system: You are a helpful assistant.
user:
Analyze the provided spectrum to determine if it is a **"Cataclysmic Variables (CV)"**.

- **Key Indicators for CV (Check for either state):**
    - **State 1: Quiescent / Low-State (Emission-Dominated)**
        - **(Primary):** Strong and *very broad* Hydrogen Balmer emission lines (e.g., $H\alpha$ at 6563 Å, $H\beta$ at 4861 Å). The 'broadness' (high velocity dispersion, often FWHM > 1000 km/s) is the key diagnostic, indicating a high-velocity accretion disk.
        - **(Secondary):** Broad neutral Helium (He I) emission lines (e.g., 5876 Å, 6678 Å).
        - **(Key Confirmation):** Presence of high-excitation *ionized* Helium (He II) emission at 4686 Å. This is a strong indicator of accretion onto a white dwarf.
        - **(Line Profile):** Emission lines may exhibit a 'double-peaked' profile, which is a classic signature of a rotating accretion disk viewed at high inclination.

    - **State 2: Outburst / High-State (Absorption-Dominated)**
        - **(Primary):** Spectrum is dominated by a bright, blue continuum (looks like a hot star).
        - **(Secondary):** The emission lines from State 1 are weak, absent, or 'filled in', and are replaced by broad, shallow *absorption* lines (primarily Balmer and He I).
        - **(Morphology):** The overall spectrum mimics a hot B/A-type star. The crucial difference is that the absorption lines are significantly broader, shallower, and more 'washed-out' (or 'smeared') than the sharp lines of a normal stellar photosphere, due to high rotational speeds and pressure broadening in the disk.

Think first, call **spectral_visualization_tool** if needed to examine features in detail, then provide your final answer. Your response must adhere to the following strict rules:
1.  **Overall Structure:** Your response must follow the format `<think>...</think> <tool_call>...</tool_call> (if a tool is used) <answer>...</answer>`.
2.  **Tool Usage Constraint:** You may only make **one** tool call per turn.
3.  **Final Answer Format:** In the `<answer>` tag, your conclusion must be inside a `\boxed{}` command (e.g., `\boxed{YES}`), followed by your justification.

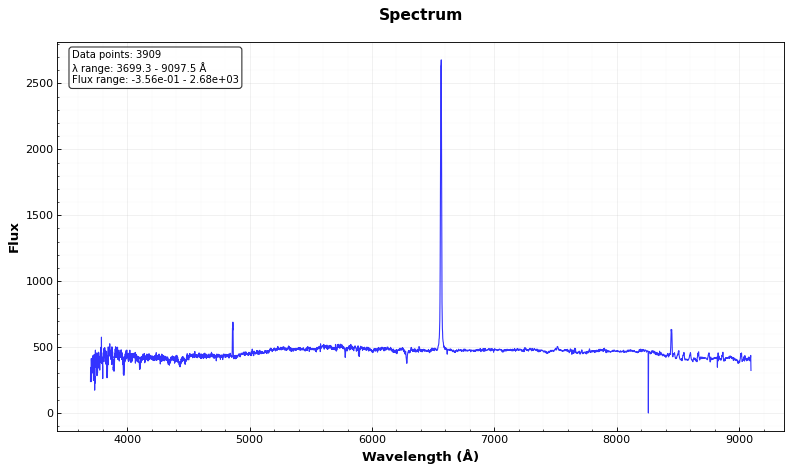
Answer: NO